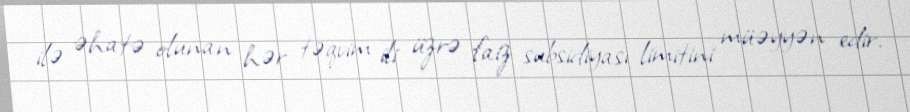
ilə əhatə olunan hər təqvim ili üzrə faiz subsidiyası limitini müəyyən edir.